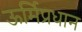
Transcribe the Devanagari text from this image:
ऊर्मिप्रधान